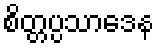
စိတ္တပ္ပသာဒေန